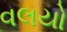
વલયો